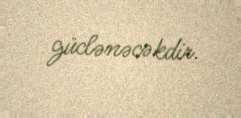
güclənəcəkdir.